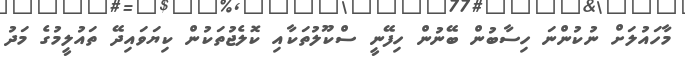
މާހައުލަށް ނުކުންނަ ހިސާބުން ބޭނުން ހިފޭނީ ސްކޫލުތަކާއި ކޮލެޖުތަކުން ކިޔަވައިދޭ ތައުލީމުގެ މަދު